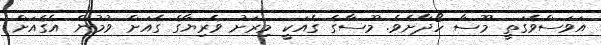
އަވަސްވެގަތީ މޫސާ ހޯދާށެވެ. މޫސާގެ ގެއަކީ މިރަށު ވެރިޔާގެ ގެއަށް ވުމުން އެގެއަށް